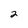
Character: 2